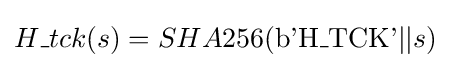
H\_tck(s)=SHA256({\text{b'H}}\_{\text{TCK'}}||s)